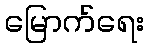
မြောက်ရေး